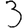
Digit: 3